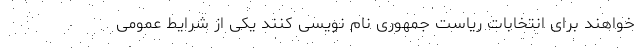
‌خواهند برای انتخابات ریاست جمهوری نام نویسی کنند یکی از شرایط عمومی